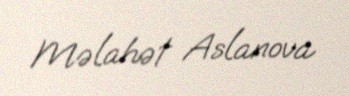
Məlahət Aslanova